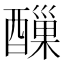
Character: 𨢪